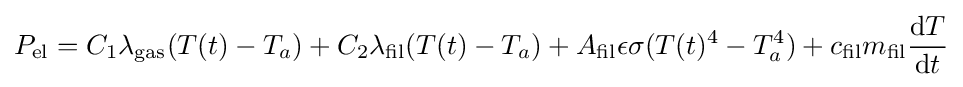
P_{\text{el}}=C_{1}\lambda _{\text{gas}}(T(t)-T_{a})+C_{2}\lambda _{\text{fil}}(T(t)-T_{a})+A_{\text{fil}}\epsilon \sigma (T(t)^{4}-T_{a}^{4})+c_{\text{fil}}m_{\text{fil}}{\frac {\mathrm {d} T}{\mathrm {d} t}}